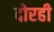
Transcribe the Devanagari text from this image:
दोरही